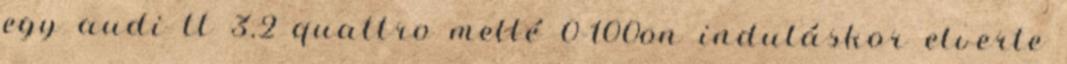
egy audi tt 3.2 quattro mellé 0-100on induláskor elverte